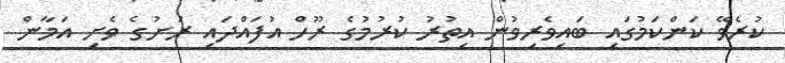
ކުރެވޭ ކަންކަމުގައި ބައިވެރިވުން އިތުރު ކުރުމުގެ ރޫހް އުފައްދައި ރަށުގެ ވެށި އަމާން